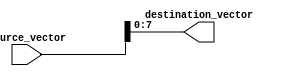
module part_select_example (
    input wire [15:0] source_vector,  // 16-bit source vector
    output wire [7:0] destination_vector // 8-bit destination vector
);

// Continuous assignment using part select
assign destination_vector = source_vector[7:0]; // Selecting the lower 8 bits of the source vector

endmodule